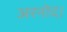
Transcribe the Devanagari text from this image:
अरनोद।